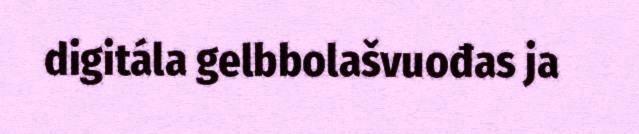
digitála gelbbolašvuođas ja